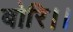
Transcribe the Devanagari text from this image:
बोरि।।